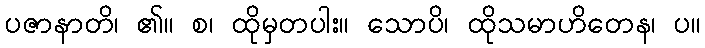
ပဇာနာတိ၊ ၏။ စ၊ ထိုမှတပါး။ သောပိ၊ ထိုသမာဟိတေန၊ ပ။